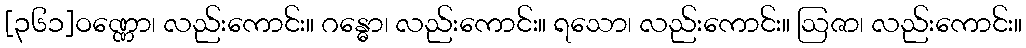
[၃၆၁]ဝဏ္ဏော၊ လည်းကောင်း။ ဂန္ဓော၊ လည်းကောင်း။ ရသော၊ လည်းကောင်း။ ဩဇာ၊ လည်းကောင်း။